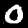
Digit: 0